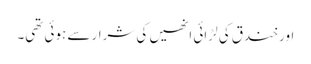
اور خندق کی لڑائی انھیں کی شرار سے ہوئی تھی۔